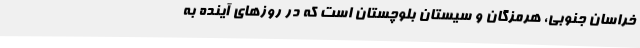
خراسان جنوبی، هرمزگان و سیستان بلوچستان است که در روزهای آینده به